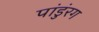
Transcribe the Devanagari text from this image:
पांडुंरग